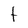
Character: t